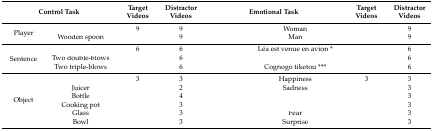
<table><thead><tr><td colspan="2"><b>Control Task</b></td><td><b>Target Videos</b></td><td><b>Distractor Videos</b></td><td colspan="2"><b>Emotional Task</b></td><td><b>Target Videos</b></td><td><b>Distractor Videos</b></td></tr></thead><tbody><tr><td rowspan="2">Player</td><td>[EMPTY_CELL]</td><td>9</td><td>9</td><td rowspan="2">[EMPTY_CELL]</td><td>Woman</td><td>[EMPTY_CELL]</td><td>9</td></tr><tr><td>Wooden spoon</td><td>[EMPTY_CELL]</td><td>9</td><td>Man</td><td>[EMPTY_CELL]</td><td>9</td></tr><tr><td rowspan="3">Sentence</td><td>[EMPTY_CELL]</td><td>6</td><td>6</td><td rowspan="3">[EMPTY_CELL]</td><td>Léa est venue en avion *</td><td>[EMPTY_CELL]</td><td>6</td></tr><tr><td>Two double-blows</td><td>[EMPTY_CELL]</td><td>6</td><td>[EMPTY_CELL]</td><td>[EMPTY_CELL]</td><td>6</td></tr><tr><td>Two triple-blows</td><td>[EMPTY_CELL]</td><td>6</td><td>Cognogo tiketou ***</td><td>[EMPTY_CELL]</td><td>6</td></tr><tr><td rowspan="6">Object</td><td>[EMPTY_CELL]</td><td>3</td><td>3</td><td rowspan="6">[EMPTY_CELL]</td><td>Happiness</td><td>3</td><td>3</td></tr><tr><td>Juicer</td><td>[EMPTY_CELL]</td><td>2</td><td>Sadness</td><td>[EMPTY_CELL]</td><td>3</td></tr><tr><td>Bottle</td><td>[EMPTY_CELL]</td><td>4</td><td>[EMPTY_CELL]</td><td>[EMPTY_CELL]</td><td>3</td></tr><tr><td>Cooking pot</td><td>[EMPTY_CELL]</td><td>3</td><td>[EMPTY_CELL]</td><td>[EMPTY_CELL]</td><td>3</td></tr><tr><td>Glass</td><td>[EMPTY_CELL]</td><td>3</td><td>Fear</td><td>[EMPTY_CELL]</td><td>3</td></tr><tr><td>Bowl</td><td>[EMPTY_CELL]</td><td>3</td><td>Surprise</td><td>[EMPTY_CELL]</td><td>3</td></tr></tbody></table>